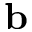
\mathbf { b }